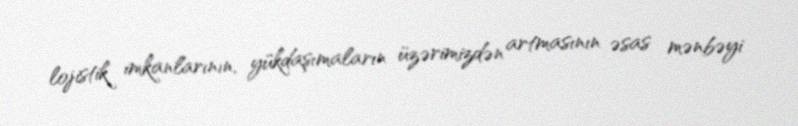
lojistik imkanlarının, yükdaşımaların üzərimizdən artmasının əsas mənbəyi